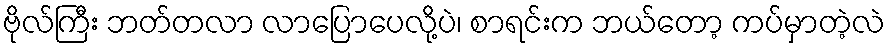
ဗိုလ်ကြီး ဘတ်တလာ လာပြောပေလို့ပဲ၊ စာရင်းက ဘယ်တော့ ကပ်မှာတဲ့လဲ